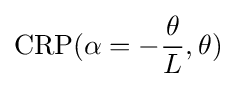
{\text{CRP}}(\alpha =-{\frac {\theta }{L}},\theta )